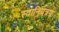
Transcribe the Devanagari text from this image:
स्वानियत्रण